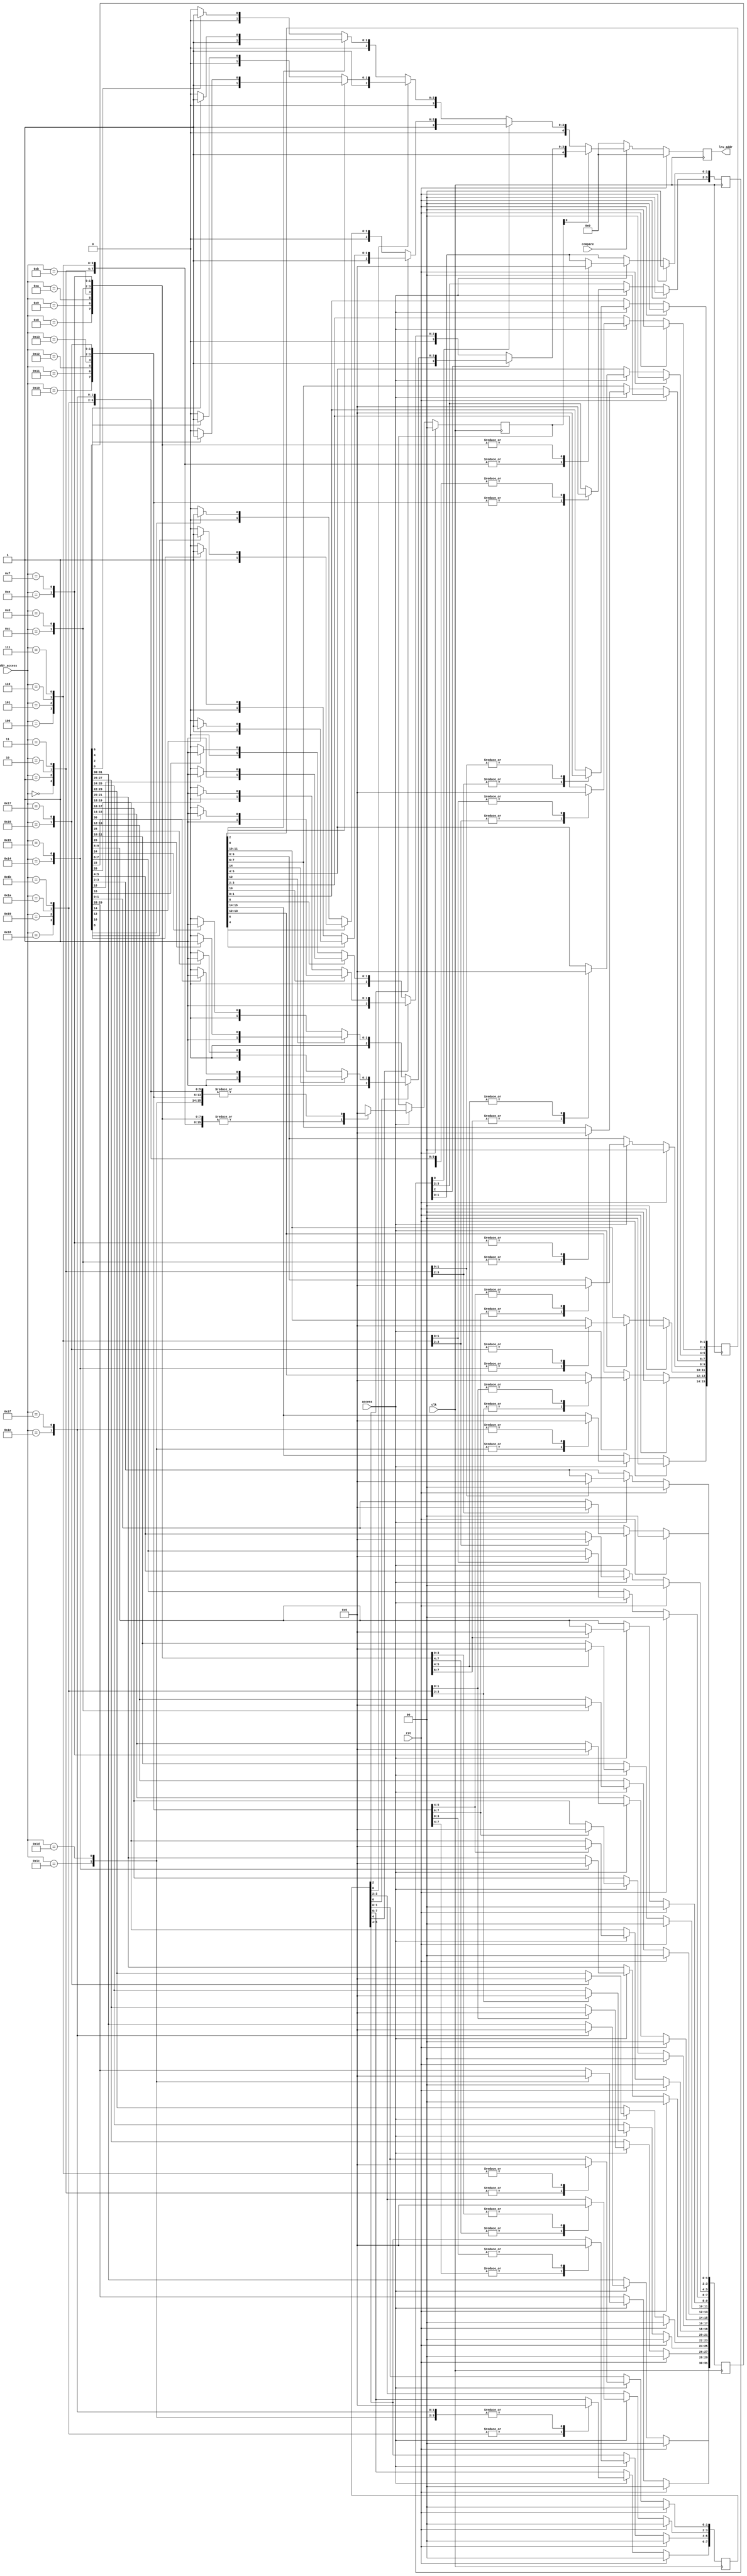
//******************************************************************************
// Copyright (c) 2014 - 2018, Indian Institute of Science, Bangalore.
// All Rights Reserved. See LICENSE for license details.
//------------------------------------------------------------------------------

// Contributors
// Akshay Birari (akshay@alum.iisc.ac.in), Piyush Birla (piyush@alum.iisc.ac.in)
// Suseela Budi (suseela@alum.iisc.ac.in), Pradeep Gupta (gupta@alum.iisc.ac.in)
// Kavya Sharat (kavyasharat@alum.iisc.ac.in), Sumeet Bandishte (sumeet.bandishte30@gmail.com)
// Kuruvilla Varghese (kuru@iisc.ac.in)
`timescale 1ns / 1ps
//////////////////////////////////////////////////////////////////////////////////
// Company: 
// Engineer: 
// 
// Design Name: 
// Module Name: lru
// Project Name: 
// Target Devices: 
// Tool Versions: 
// Description: 
// 
// Dependencies: 
// 
// Revision:
// Revision 0.01 - File Created
// Additional Comments:
// 
//////////////////////////////////////////////////////////////////////////////////


module lru( clk,rst,access,addr_access,compare,lru_addr

    );
    
    input clk;
    input rst;
    input access;
    input [4:0]addr_access;
    input compare;
    
    output reg [4:0]lru_addr;
    
    reg [1:0]level_4;
    reg [3:0]level_3;
    reg [7:0]level_2;
    reg [15:0]level_1;
    reg [31:0]level_0;
    
    reg [4:0]lru_addr_int;
    
always @(posedge clk) begin
        if(rst) begin
            level_4 <=  2'b0;
            level_3 <=  4'b0;
            level_2 <=  8'b0;
            level_1 <= 16'b0;
            level_0 <= 32'b0;
        end
        else if(access) begin
        
            case(addr_access) 
            5'd0  : begin
                    level_4 <= 2'b01;
                    level_3[1:0] <= 2'b01;
                    level_2[1:0] <= 2'b01;
                    level_1[1:0] <= 2'b01;
                    level_0[1:0] <= 2'b01;
                    end
            5'd1  : begin
                    level_4 <= 2'b01;
                    level_3[1:0] <= 2'b01;
                    level_2[1:0] <= 2'b01;
                    level_1[1:0] <= 2'b01;
                    level_0[1:0] <= 2'b10;
                    end
            5'd2  : begin
                    level_4 <= 2'b01;
                    level_3[1:0] <= 2'b01;
                    level_2[1:0] <= 2'b01;
                    level_1[1:0] <= 2'b10;
                    level_0[3:2] <= 2'b01;
                    end
            5'd3  : begin
                    level_4 <= 2'b01;
                    level_3[1:0] <= 2'b01;
                    level_2[1:0] <= 2'b01;
                    level_1[1:0] <= 2'b10;
                    level_0[3:2] <= 2'b10;
                    end
            5'd4  : begin
                    level_4 <= 2'b01;
                    level_3[1:0] <= 2'b01;
                    level_2[1:0] <= 2'b10;
                    level_1[3:2] <= 2'b01;
                    level_0[5:4] <= 2'b01;
                    end
            5'd5  : begin
                    level_4 <= 2'b01;
                    level_3[1:0] <= 2'b01;
                    level_2[1:0] <= 2'b10;
                    level_1[3:2] <= 2'b01;
                    level_0[5:4] <= 2'b10;
                    end
            5'd6  : begin
                    level_4 <= 2'b01;
                    level_3[1:0] <= 2'b01;
                    level_2[1:0] <= 2'b10;
                    level_1[3:2] <= 2'b10;
                    level_0[7:6] <= 2'b01;
                    end
            5'd7  : begin
                    level_4 <= 2'b01;
                    level_3[1:0] <= 2'b01;
                    level_2[1:0] <= 2'b10;
                    level_1[3:2] <= 2'b10;
                    level_0[7:6] <= 2'b10;
                    end
            5'd8  : begin
                    level_4 <= 2'b01;
                    level_3[1:0] <= 2'b10;
                    level_2[3:2] <= 2'b01;
                    level_1[5:4] <= 2'b01;
                    level_0[9:8] <= 2'b01;
                    end
            5'd9  : begin
                    level_4 <= 2'b01;
                    level_3[1:0] <= 2'b10;
                    level_2[3:2] <= 2'b01;
                    level_1[5:4] <= 2'b01;
                    level_0[9:8] <= 2'b10;
                    end
            5'd10 : begin
                    level_4 <= 2'b01;
                    level_3[1:0] <= 2'b10;
                    level_2[3:2] <= 2'b01;
                    level_1[5:4] <= 2'b10;
                    level_0[11:10] <= 2'b01;
                    end
            5'd11 : begin
                    level_4 <= 2'b01;
                    level_3[1:0] <= 2'b10;
                    level_2[3:2] <= 2'b01;
                    level_1[5:4] <= 2'b10;
                    level_0[11:10] <= 2'b10;
                    end
            5'd12 : begin
                    level_4 <= 2'b01;
                    level_3[1:0] <= 2'b10;
                    level_2[3:2] <= 2'b10;
                    level_1[7:6] <= 2'b01;
                    level_0[13:12] <= 2'b01;
                    end
            5'd13 : begin
                    level_4 <= 2'b01;
                    level_3[1:0] <= 2'b10;
                    level_2[3:2] <= 2'b10;
                    level_1[7:6] <= 2'b01;
                    level_0[13:12] <= 2'b10;
                    end
            5'd14 : begin
                    level_4 <= 2'b01;
                    level_3[1:0] <= 2'b10;
                    level_2[3:2] <= 2'b10;
                    level_1[7:6] <= 2'b10;
                    level_0[15:14] <= 2'b01;
                    end
            5'd15 : begin
                    level_4 <= 2'b01;
                    level_3[1:0] <= 2'b10;
                    level_2[3:2] <= 2'b10;
                    level_1[7:6] <= 2'b10;
                    level_0[15:14] <= 2'b10;
                    end
            5'd16 : begin
                    level_4 <= 2'b10;
                    level_3[3:2] <= 2'b01;
                    level_2[5:4] <= 2'b01;
                    level_1[9:8] <= 2'b01;
                    level_0[17:16] <= 2'b01;
                    end
            5'd17 : begin
                    level_4 <= 2'b10;
                    level_3[3:2] <= 2'b01;
                    level_2[5:4] <= 2'b01;
                    level_1[9:8] <= 2'b01;
                    level_0[17:16] <= 2'b10;
                    end
            5'd18 : begin
                    level_4 <= 2'b10;
                    level_3[3:2] <= 2'b01;
                    level_2[5:4] <= 2'b01;
                    level_1[9:8] <= 2'b10;
                    level_0[19:18] <= 2'b01;
                    end
            5'd19 : begin
                    level_4 <= 2'b10;
                    level_3[3:2] <= 2'b01;
                    level_2[5:4] <= 2'b01;
                    level_1[9:8] <= 2'b10;
                    level_0[19:18] <= 2'b10;
                    end
            5'd20 : begin
                    level_4 <= 2'b10;
                    level_3[3:2] <= 2'b01;
                    level_2[5:4] <= 2'b10;
                    level_1[11:10] <= 2'b01;
                    level_0[21:20] <= 2'b01;
                    end
            5'd21 : begin
                    level_4 <= 2'b10;
                    level_3[3:2] <= 2'b01;
                    level_2[5:4] <= 2'b10;
                    level_1[11:10] <= 2'b01;
                    level_0[21:20] <= 2'b10;
                    end
            5'd22 : begin
                    level_4 <= 2'b10;
                    level_3[3:2] <= 2'b01;
                    level_2[5:4] <= 2'b10;
                    level_1[11:10] <= 2'b10;
                    level_0[23:22] <= 2'b01;
                    end
            5'd23  : begin
                    level_4 <= 2'b10;
                    level_3[3:2] <= 2'b01;
                    level_2[5:4] <= 2'b10;
                    level_1[11:10] <= 2'b10;
                    level_0[23:22] <= 2'b10;
                    end
            5'd24 : begin
                    level_4 <= 2'b10;
                    level_3[3:2] <= 2'b10;
                    level_2[7:6] <= 2'b01;
                    level_1[13:12] <= 2'b01;
                    level_0[25:24] <= 2'b01;
                    end
            5'd25 : begin
                    level_4 <= 2'b10;
                    level_3[3:2] <= 2'b10;
                    level_2[7:6] <= 2'b01;
                    level_1[13:12] <= 2'b01;
                    level_0[25:24] <= 2'b10;
                    end
            5'd26 : begin
                    level_4 <= 2'b10;
                    level_3[3:2] <= 2'b10;
                    level_2[7:6] <= 2'b01;
                    level_1[13:12] <= 2'b10;
                    level_0[27:26] <= 2'b01;
                    end
            5'd27 : begin
                    level_4 <= 2'b10;
                    level_3[3:2] <= 2'b10;
                    level_2[7:6] <= 2'b01;
                    level_1[13:12] <= 2'b10;
                    level_0[27:26] <= 2'b10;
                    end
            5'd28 : begin
                    level_4 <= 2'b10;
                    level_3[3:2] <= 2'b10;
                    level_2[7:6] <= 2'b10;
                    level_1[15:14] <= 2'b01;
                    level_0[29:28] <= 2'b01;
                    end
            5'd29 : begin
                    level_4 <= 2'b10;
                    level_3[3:2] <= 2'b10;
                    level_2[7:6] <= 2'b10;
                    level_1[15:14] <= 2'b01;
                    level_0[29:28] <= 2'b10;
                    end
            5'd30 : begin
                    level_4 <= 2'b10;
                    level_3[3:2] <= 2'b10;
                    level_2[7:6] <= 2'b10;
                    level_1[15:14] <= 2'b10;
                    level_0[31:30] <= 2'b01;
                    end
            5'd31 : begin
                    level_4 <= 2'b10;
                    level_3[3:2] <= 2'b10;
                    level_2[7:6] <= 2'b10;
                    level_1[15:14] <= 2'b10;
                    level_0[31:30] <= 2'b10;
                    end
            default: begin
                        level_4 <=  level_4;
                        level_3 <=  level_3;
                        level_2 <=  level_2;
                        level_1 <=  level_1;
                        level_0 <=  level_0;
                    end
            endcase
        
        end
        else begin
                level_4 <=  level_4;
                level_3 <=  level_3;
                level_2 <=  level_2;
                level_1 <=  level_1;
                level_0 <=  level_0;
        end
    end
    
    
always@(posedge clk)
    begin
        if(rst)
           lru_addr <= 5'b0;
        else
           lru_addr <= lru_addr_int;
    end
 
 
always@(*) begin
    if(rst) lru_addr_int <= 5'b0;
    else
    if(compare)
        begin
        if(level_4[0]== 1'b0) begin
            if(level_3[0]==1'b0) begin
                if(level_2[0]==1'b0) begin
                    if(level_1[0]==1'b0) begin
                        if(level_0[0]==1'b0) lru_addr_int <= 5'd0;
                        else                 lru_addr_int <= 5'd1;
                    end
                    else begin
                        if(level_0[2]==1'b0) lru_addr_int <= 5'd2;
                        else                 lru_addr_int <= 5'd3;
                    end
                end
                else begin
                    if(level_1[2]==1'b0) begin
                        if(level_0[4]==1'b0) lru_addr_int <= 5'd4;
                        else                 lru_addr_int <= 5'd5;
                    end
                    else begin
                        if(level_0[6]==1'b0) lru_addr_int <= 5'd6;
                        else                 lru_addr_int <= 5'd7;
                    end
                end
            end
            else begin
                if(level_2[2]==1'b0) begin
                    if(level_1[4]==1'b0) begin
                        if(level_0[8]==1'b0) lru_addr_int <= 5'd8;
                        else                 lru_addr_int <= 5'd9;
                    end
                    else begin
                        if(level_0[10]==1'b0) lru_addr_int <= 5'd10;
                        else                 lru_addr_int <= 5'd11;
                    end
                end
                else begin
                    if(level_1[6]==1'b0) begin
                        if(level_0[12]==1'b0) lru_addr_int <= 5'd12;
                        else                 lru_addr_int <= 5'd13;
                    end
                    else begin
                        if(level_0[14]==1'b0) lru_addr_int <= 5'd14;
                        else                 lru_addr_int <= 5'd15;
                    end
                end
            end
        end
        else begin
            if(level_3[2]==1'b0) begin
                if(level_2[4]==1'b0) begin
                    if(level_1[8]==1'b0) begin
                        if(level_0[16]==1'b0) lru_addr_int <= 5'd16;
                        else                 lru_addr_int <= 5'd17;
                    end
                    else begin
                        if(level_0[18]==1'b0) lru_addr_int <= 5'd18;
                        else                 lru_addr_int <= 5'd19;
                    end
                end
                else begin
                    if(level_1[10]==1'b0) begin
                        if(level_0[20]==1'b0) lru_addr_int <= 5'd20;
                        else                 lru_addr_int <= 5'd21;
                    end
                    else begin
                        if(level_0[22]==1'b0) lru_addr_int <= 5'd22;
                        else                 lru_addr_int <= 5'd23;
                    end
                end
            end
            else begin
                if(level_2[6]==1'b0) begin
                    if(level_1[12]==1'b0) begin
                        if(level_0[24]==1'b0) lru_addr_int <= 5'd24;
                        else                 lru_addr_int <= 5'd25;
                    end
                    else begin
                        if(level_0[26]==1'b0) lru_addr_int <= 5'd26;
                        else                 lru_addr_int <= 5'd27;
                    end
                end
                else begin
                    if(level_1[14]==1'b0) begin
                        if(level_0[28]==1'b0) lru_addr_int <= 5'd28;
                        else                 lru_addr_int <= 5'd29;
                    end
                    else begin
                        if(level_0[30]==1'b0) lru_addr_int <= 5'd30;
                        else                 lru_addr_int <= 5'd31;
                    end
                end
            end
        end
    end
    else
     lru_addr_int <= 5'b0;

end
        
        

 
    
endmodule